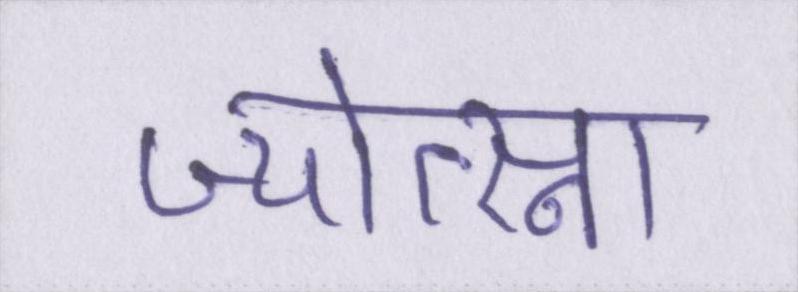
ज्योत्स्ना